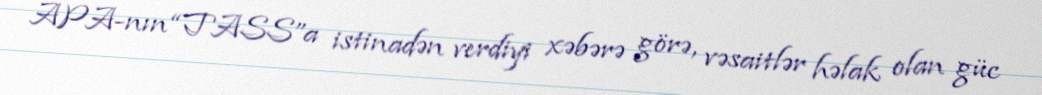
APA-nın “TASS”a istinadən verdiyi xəbərə görə, vəsaitlər həlak olan güc